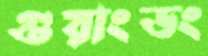
গুয়াংডং